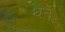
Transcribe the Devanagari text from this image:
धन॰